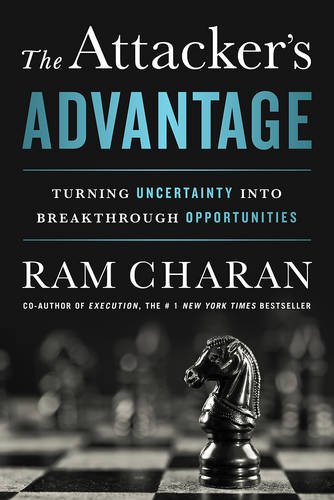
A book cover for The Attacker's Advantage: Turning Uncertainty into Breakthrough Opportunities; Ram Charan; Business & Money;